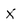
Character: X